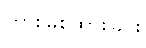
တားမြစ်ထားခြင်း